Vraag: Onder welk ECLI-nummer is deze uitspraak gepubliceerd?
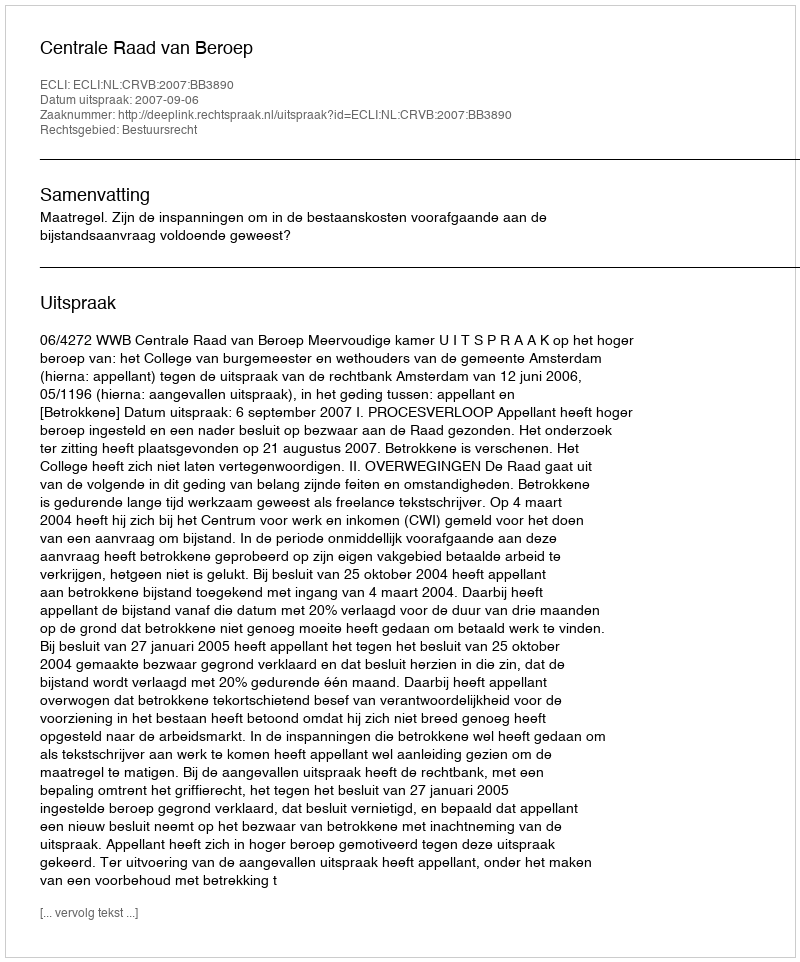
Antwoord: ECLI:NL:CRVB:2007:BB3890